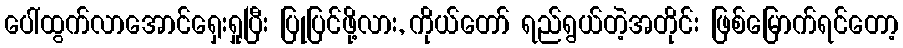
ပေါ်ထွက်လာအောင်ရှေးရှုပြီး ပြုပြင်ဖို့လား, ကိုယ်တော် ရည်ရွယ်တဲ့အတိုင်း ဖြစ်မြောက်ရင်တော့